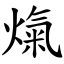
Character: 熂